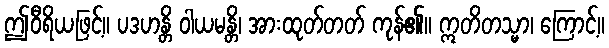
ဤဝီရိယဖြင့်။ ပဒဟန္တိ ဝါယမန္တိ၊ အားထုတ်တတ် ကုန်၏။ ဣတိတသ္မာ၊ ကြောင့်။